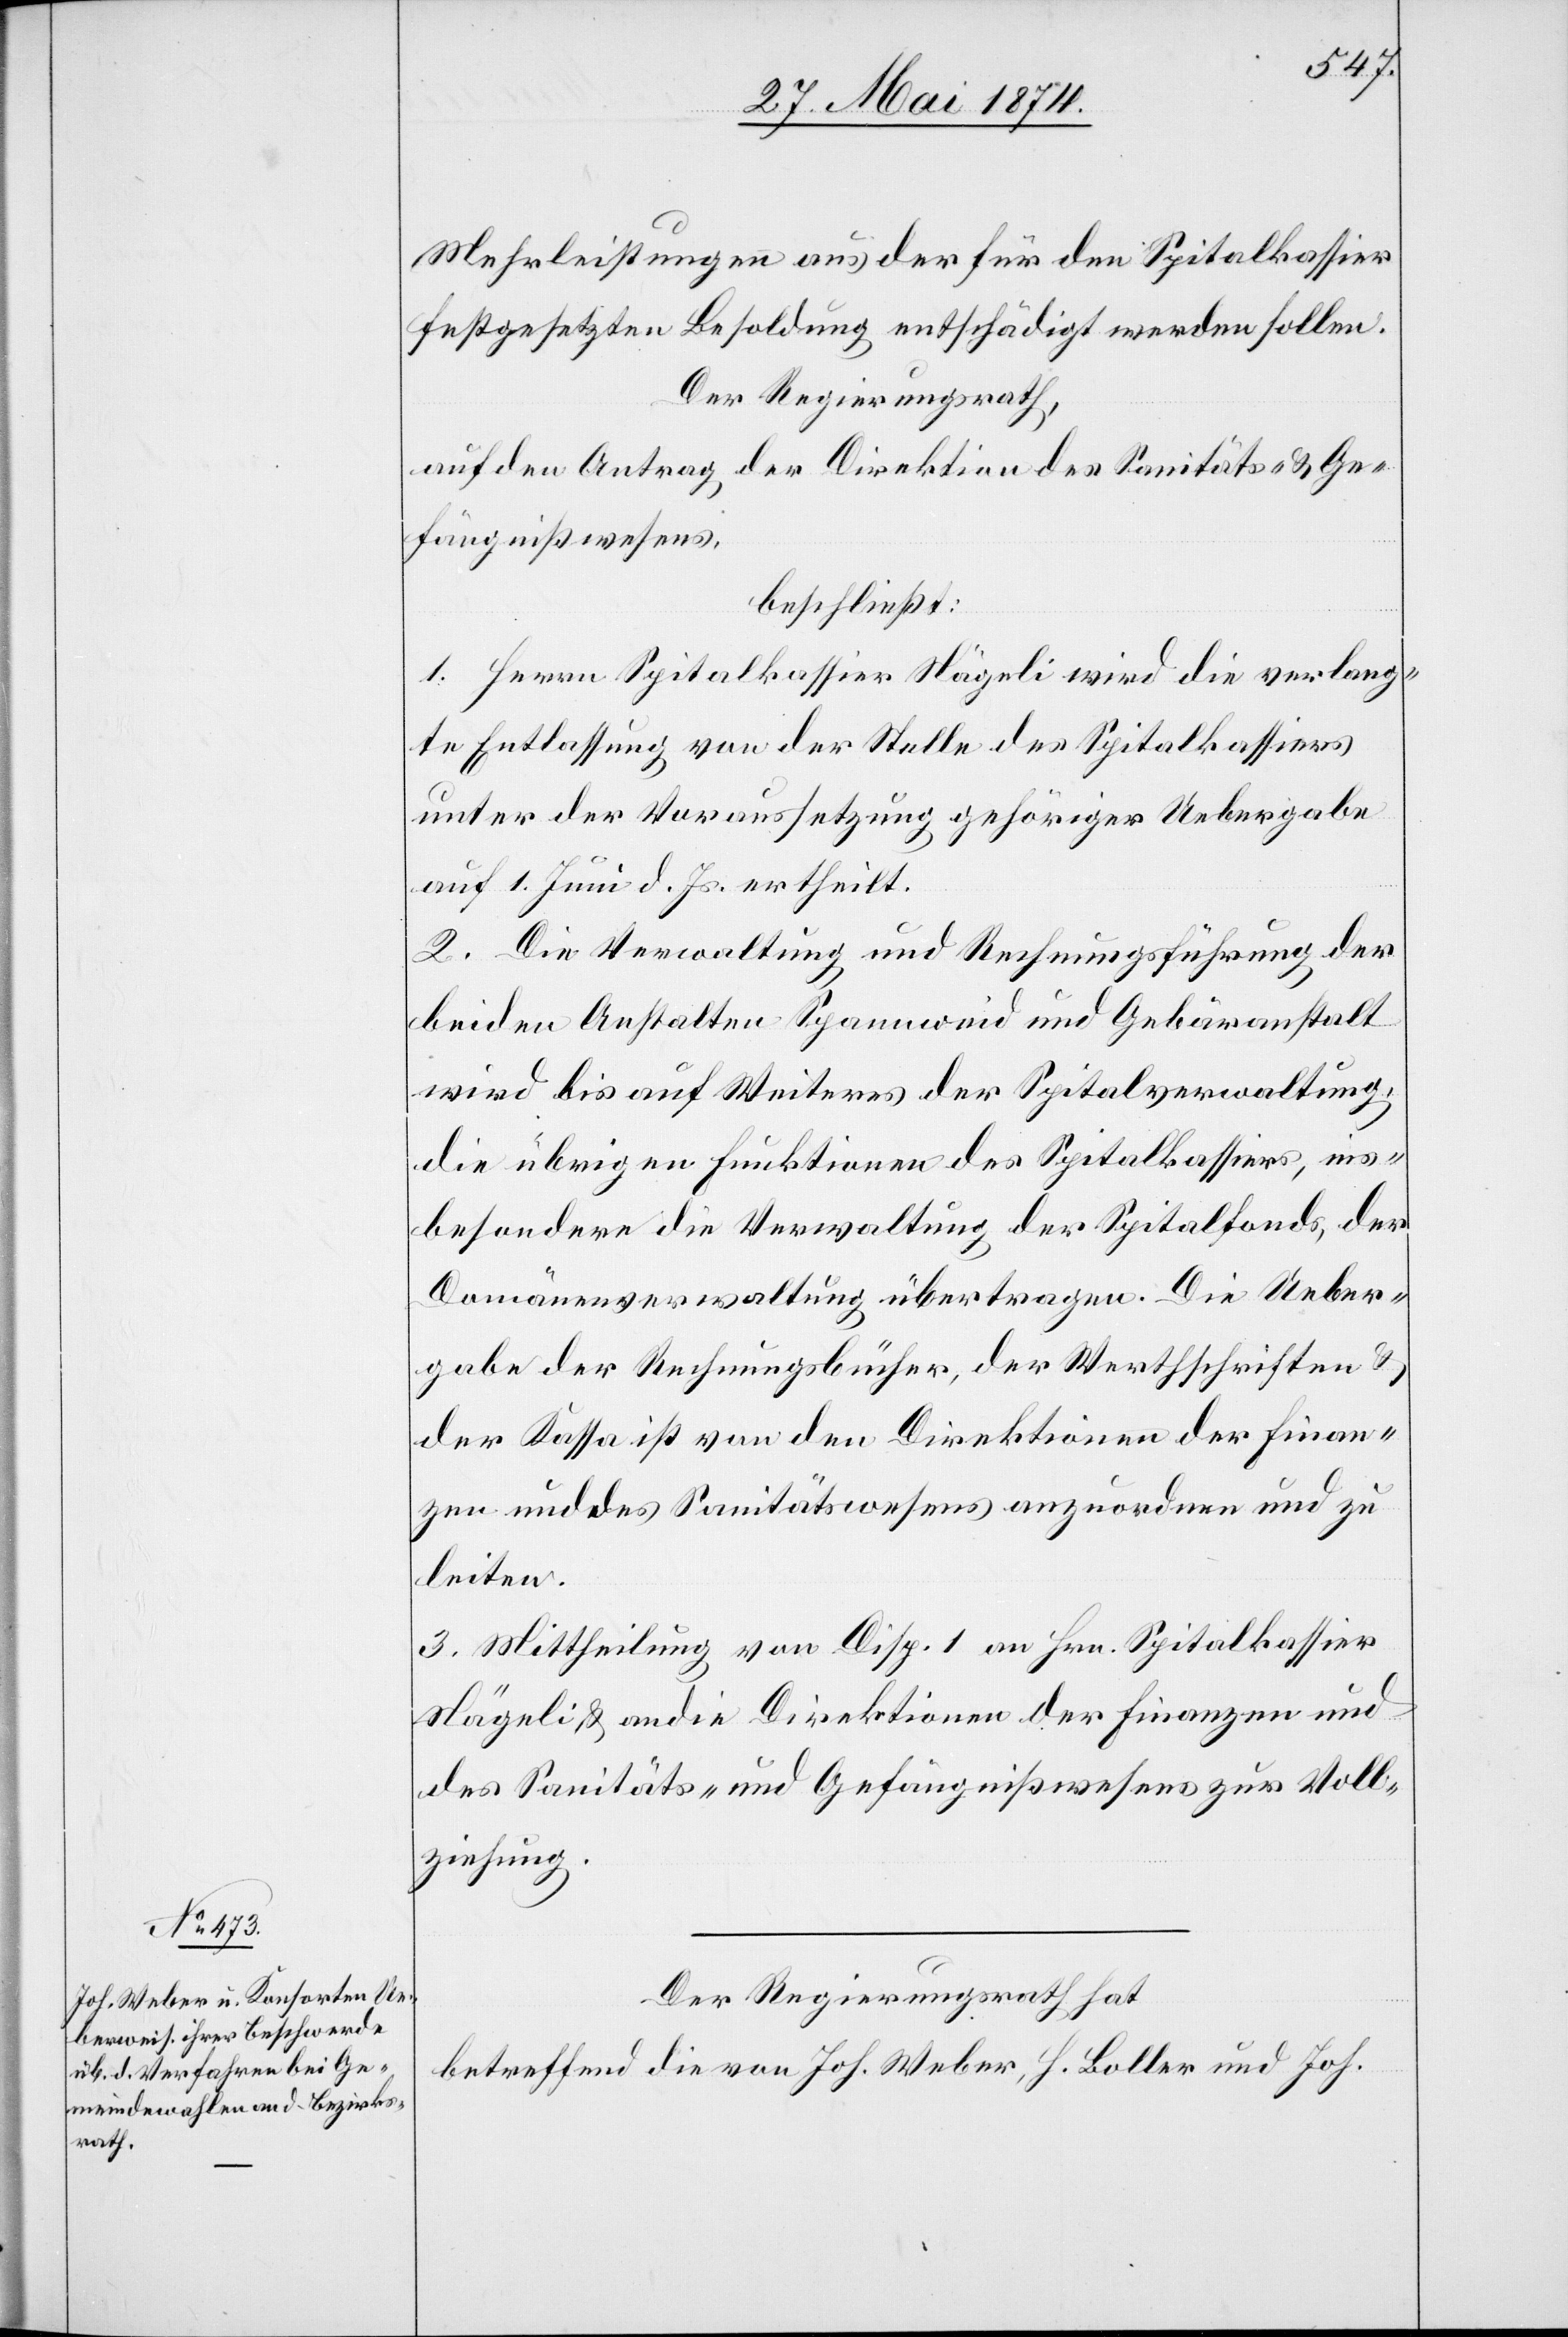
Mehrleistungen aus der für den Spitalkassier
festgesetzten Besoldung entschädigt werden sollen.
Der Regierungsrath,
auf den Antrag der Direktion des Sanitäts- u. Ge¬
fängnißwesens,
beschließt:
1. Herrn Spitalkassier Nägeli wird die verlang¬
te Entlassung von der Stelle des Spitalkassiers
unter der Voraussetzung gehöriger Uebergabe
auf 1. Juni d. Js. ertheilt.
2. Die Verwaltung und Rechnungsführung der
beiden Anstalten Spannweid und Gebäranstalt
wird bis auf Weiteres der Spitalverwaltung,
die übrigen Funktionen des Spitalkassiers, ins¬
besondere die Verwaltung der Spitalfonds, der
Domänenverwaltung übertragen. Die Ueber¬
gabe der Rechnungsbücher, der Werthschriften u.
der Kassa ist von den Direktionen der Finan¬
zen und des Sanitätswesens anzuordnen und zu
leiten.
3. Mittheilung von Disp. 1 an Hrn. Spitalkassier
Nägeli u. an die Direktionen der Finanzen und
des Sanitäts- und Gefängnißwesens zur Voll¬
ziehung.
Der Regierungsrath hat
betreffend die von Joh. Weber, H. Boller und Joh.